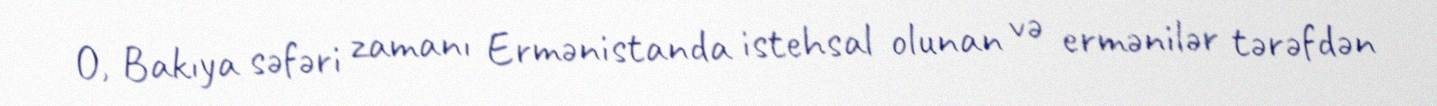
O, Bakıya səfəri zamanı Ermənistanda istehsal olunan və ermənilər tərəfdən